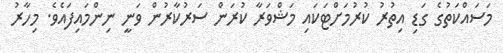
މަސައްކަތުގެ ގަޑި އިތުރު ކުރުމަށްޓަކައި މަޝްވަރާ ކުރަން ސަރުކާރުން ވަނީ ނިންމައިފައެވެ. މިހާރު